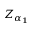
Z _ { \alpha _ { 1 } }